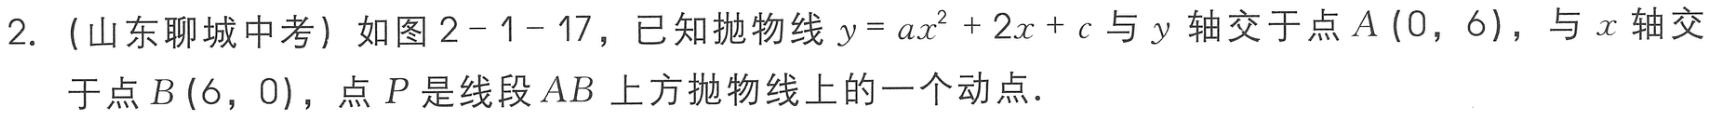
2. (山东聊城中考) 如图2 - 1 - 17，已知抛物线\(y = ax^{2}+2x + c\)与\(y\)轴交于点\(A(0,6)\)，与\(x\)轴交于点\(B(6,0)\)，点\(P\)是线段\(AB\)上方抛物线上的一个动点.